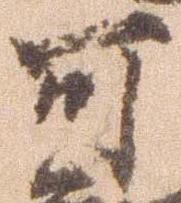
可